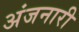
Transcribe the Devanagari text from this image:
अंजनारी